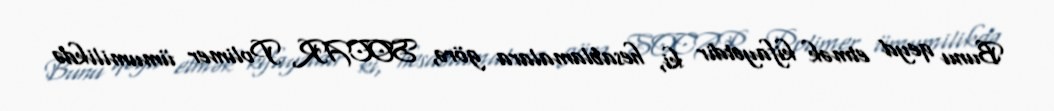
Bunu qeyd etmək kifayətdir ki, hesablamalara görə, SOCAR Polimer ümumilikdə